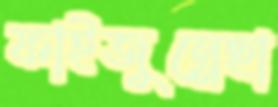
ফাইজুন্নেছা